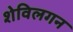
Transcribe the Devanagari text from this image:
शेविलगन